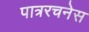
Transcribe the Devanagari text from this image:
पात्ररचनेस